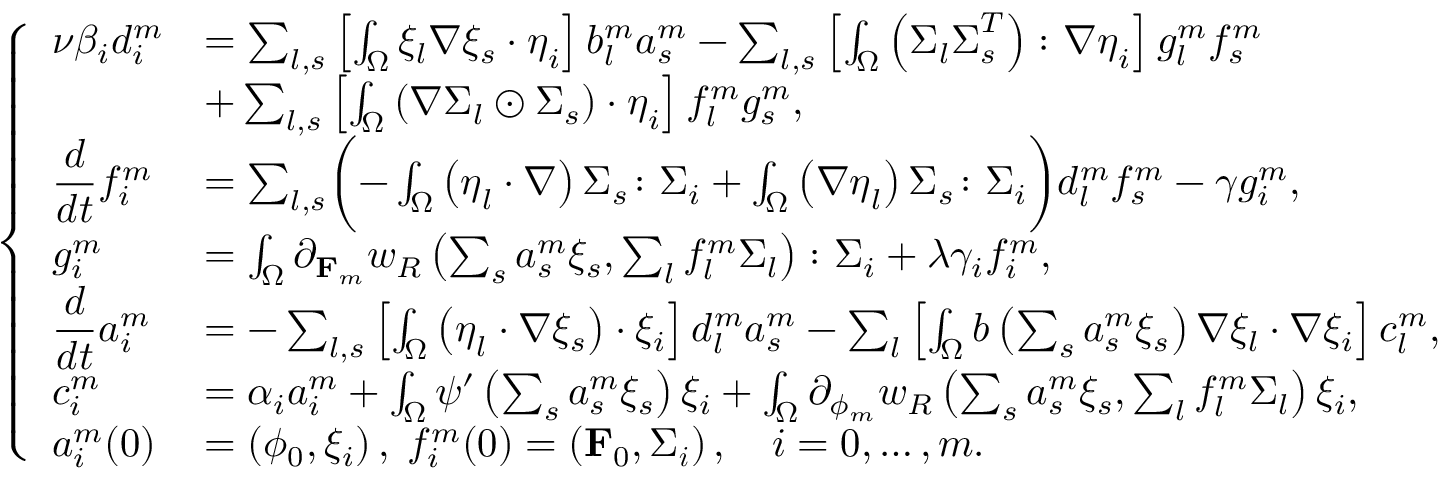
\left\{ \begin{array} { l l } { \displaystyle \nu \beta _ { i } d _ { i } ^ { m } } & { = \sum _ { l , s } \left[ \int _ { \Omega } \xi _ { l } \nabla \xi _ { s } \cdot \boldsymbol { \eta } _ { i } \right] b _ { l } ^ { m } a _ { s } ^ { m } - \sum _ { l , s } \left[ \int _ { \Omega } \left( \boldsymbol { \Sigma } _ { l } \boldsymbol { \Sigma } _ { s } ^ { T } \right) \colon \nabla \boldsymbol { \eta } _ { i } \right] g _ { l } ^ { m } f _ { s } ^ { m } } \\ & { + \sum _ { l , s } \left[ \int _ { \Omega } \left( \nabla \boldsymbol { \Sigma } _ { l } \odot \boldsymbol { \Sigma } _ { s } \right) \cdot \boldsymbol { \eta } _ { i } \right] f _ { l } ^ { m } g _ { s } ^ { m } , } \\ { \displaystyle \frac { d } { d t } f _ { i } ^ { m } } & { = \sum _ { l , s } \biggl ( - \int _ { \Omega } \left( \boldsymbol { \eta } _ { l } \cdot \nabla \right) \boldsymbol { \Sigma } _ { s } \colon \boldsymbol { \Sigma } _ { i } + \int _ { \Omega } \left( \nabla \boldsymbol { \eta } _ { l } \right) \boldsymbol { \Sigma } _ { s } \colon \boldsymbol { \Sigma } _ { i } \biggr ) d _ { l } ^ { m } f _ { s } ^ { m } - \gamma g _ { i } ^ { m } , } \\ { \displaystyle g _ { i } ^ { m } } & { = \int _ { \Omega } \partial _ { \mathbf { F } _ { m } } w _ { R } \left( \sum _ { s } a _ { s } ^ { m } \xi _ { s } , \sum _ { l } f _ { l } ^ { m } \boldsymbol { \Sigma } _ { l } \right) \colon \boldsymbol { \Sigma } _ { i } + \lambda \gamma _ { i } f _ { i } ^ { m } , } \\ { \displaystyle \frac { d } { d t } a _ { i } ^ { m } } & { = - \sum _ { l , s } \left[ \int _ { \Omega } \left( \boldsymbol { \eta } _ { l } \cdot \nabla \xi _ { s } \right) \cdot \xi _ { i } \right] d _ { l } ^ { m } a _ { s } ^ { m } - \sum _ { l } \left[ \int _ { \Omega } b \left( \sum _ { s } a _ { s } ^ { m } \xi _ { s } \right) \nabla \xi _ { l } \cdot \nabla \xi _ { i } \right] c _ { l } ^ { m } , } \\ { \displaystyle c _ { i } ^ { m } } & { = \alpha _ { i } a _ { i } ^ { m } + \int _ { \Omega } \psi ^ { \prime } \left( \sum _ { s } a _ { s } ^ { m } \xi _ { s } \right) \xi _ { i } + \int _ { \Omega } \partial _ { \phi _ { m } } w _ { R } \left( \sum _ { s } a _ { s } ^ { m } \xi _ { s } , \sum _ { l } f _ { l } ^ { m } \boldsymbol { \Sigma } _ { l } \right) \xi _ { i } , } \\ { \displaystyle a _ { i } ^ { m } ( 0 ) } & { = \left( \phi _ { 0 } , \xi _ { i } \right) , \; f _ { i } ^ { m } ( 0 ) = \left( \mathbf { F } _ { 0 } , \boldsymbol { \Sigma _ { i } } \right) , \quad i = 0 , \dots , m . } \end{array} \right.